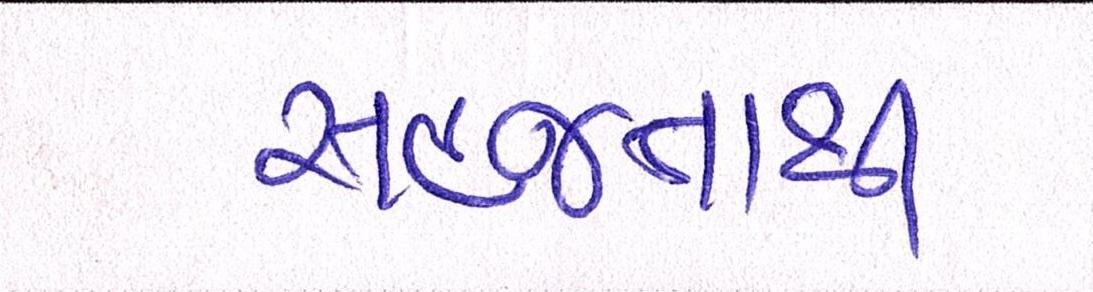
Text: સહજતાથી